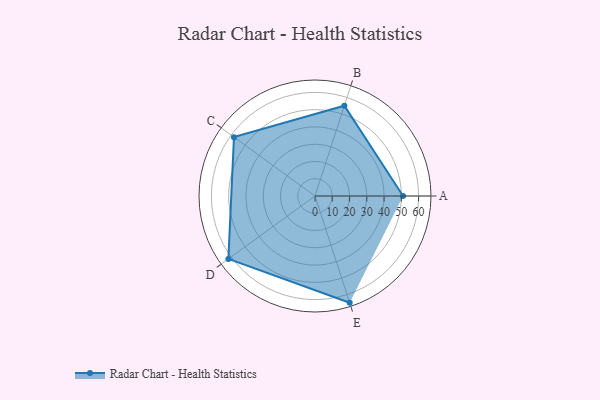
{"axis": {"x": "Skill", "y": "Score"}, "legend": ["Profile"], "data": [{"x": "A", "y": 51.0, "type": "Profile"}, {"x": "B", "y": 55.0, "type": "Profile"}, {"x": "C", "y": 58.0, "type": "Profile"}, {"x": "D", "y": 62.0, "type": "Profile"}, {"x": "E", "y": 65.0, "type": "Profile"}]}